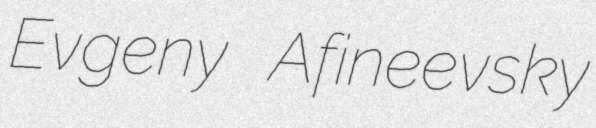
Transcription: Evgeny Afineevsky